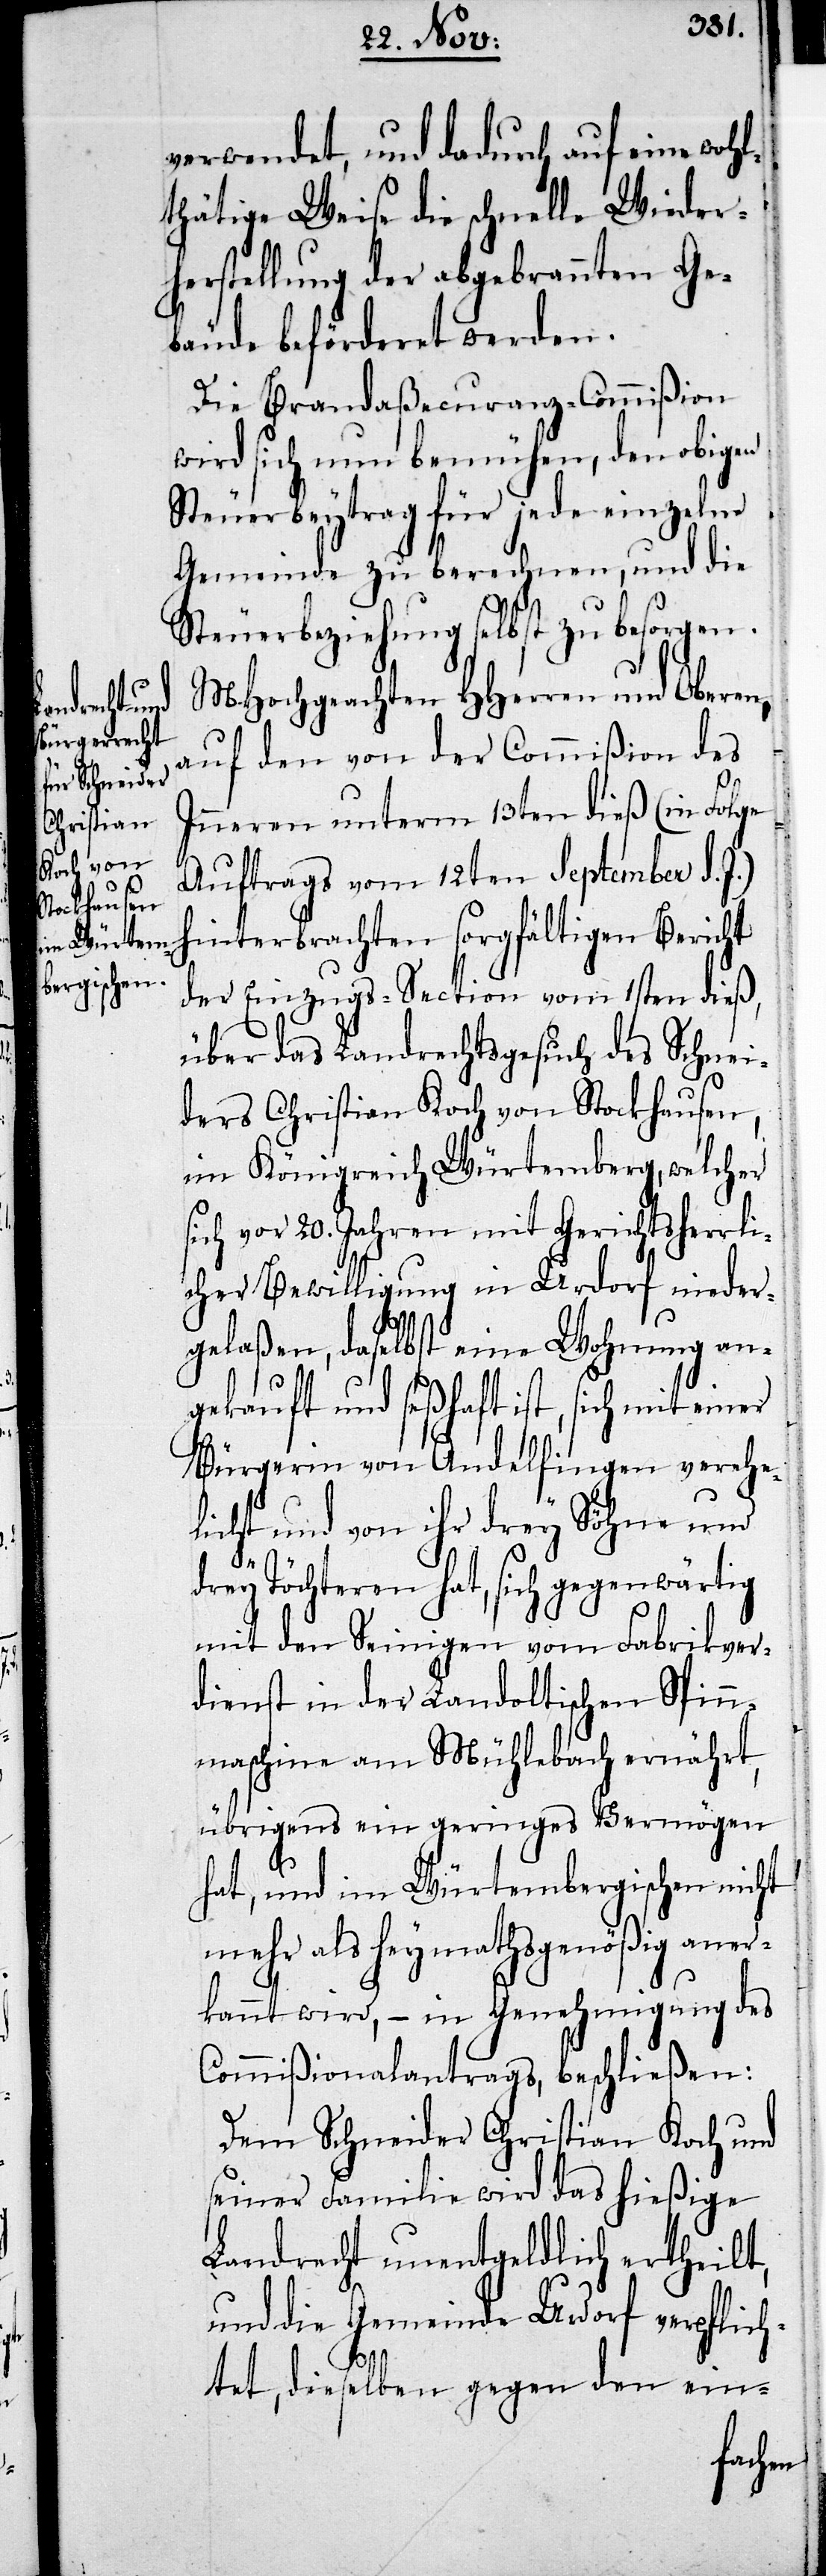
verwendet, und dadurch auf eine wohl¬
thätige Weise die schnelle Wieder¬
herstellung der abgebrannten Ge¬
bäude beförderet werden.
Die Brandaßecuranz-Commißion
wird sich nun bemühen, den obigen
Steuerbeytrag für jede einzelne
Gemeinde zu berechnen, und die
Steuerbeziehung selbst zu besorgen.
MHochgeachten HHerren und Oberen,
auf den von der Commißion des
Inneren unterm 13ten dieß (in Folge
Auftrags vom 12ten Septembris d.
hinterbrachten sorgfältigen Bericht
der Einzugs-Section vom 1sten dieß,
über das Landrechtsgesuch des Schnei¬
ders Christian Koch von Stockhausen,
im Königreich Würtemberg, welcher
ich vor 20. Jahren mit Gerichtsherrl¬
icher Bewilligung in Urdorf nieder¬
gelaßen, daselbst eine Wohnung an¬
gekauft und seßhaft ist, sich mit einer
Bürgerin von Andelfingen verehe¬
licht und von ihr drey Söhne und
s¬
drey Töchteren hat, sich gegenwärtig
mit den Seinigen vom Fabrikver¬
dienst in der Landoltischen Spin¬
nmaschine am Mühlebach ernährt,
übrigens ein geringes Vermögen
hat, und im Würtembergischen nicht
mehr als heymathsgenößig aner¬
kannt wird, – in Genehmigung des
Commißionalantrags, beschließen:
Dem Schneider Christian Koch und
seiner Familie wird das hießige
Landrecht unentgeldlich ertheilt,
und die Gemeinde Urdorf verpflich¬
tet, dieselben gegen den ein-